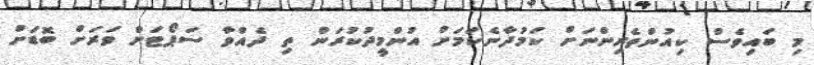
މި ބައިވެސް ކިއުންތެރިންނަށް ކަމުދާނެކަމަށް އުންމީދުކުރަން ތި ދެއްވާ ސަޕޯޓަށް ވަރަށް ބޮޑަށް